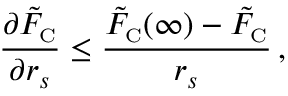
\frac { \partial \tilde { F } _ { \scriptscriptstyle \mathrm { C } } } { \partial r _ { s } } \leq \frac { \tilde { F } _ { \scriptscriptstyle \mathrm { C } } ( \infty ) - \tilde { F } _ { \scriptscriptstyle \mathrm { C } } } { r _ { s } } \, ,